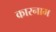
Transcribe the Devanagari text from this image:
कारनाम